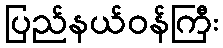
ပြည်နယ်ဝန်ကြီး